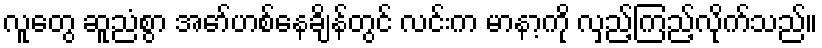
လူတွေ ဆူညံစွာ အော်ဟစ်နေချိန်တွင် လင်းက မာနာ့ကို လှည့်ကြည့်လိုက်သည်။